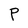
Character: P